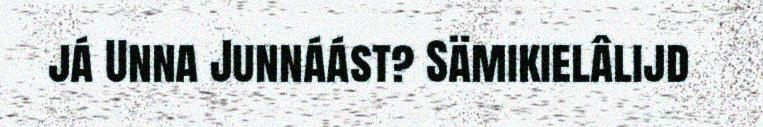
já Unna Junnáást? Sämikielâlijd